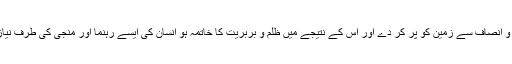
ایک ایسا انسان جو عدل و انصاف سے زمین کو پر کر دے اور اس کے نتیجے میں ظلم و بربریت کا خاتمہ ہو انسان کی ایسے رہنما اور منجی کی طرف نیاز مندی فطری بات ہے۔